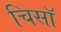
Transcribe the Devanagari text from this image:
चिसॉ